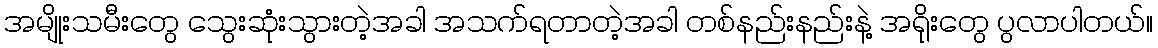
အမျိုးသမီးတွေ သွေးဆုံးသွားတဲ့အခါ အသက်ရတာတဲ့အခါ တစ်နည်းနည်းနဲ့ အရိုးတွေ ပွလာပါတယ်။